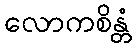
လောကစိန္တံ